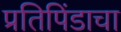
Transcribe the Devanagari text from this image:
प्रतिपिंडाचा